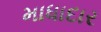
માધાદાર